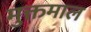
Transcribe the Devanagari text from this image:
मुक्तमाल